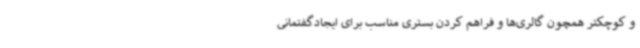
و کوچکتر همچون گالری‌ها و فراهم کردن بستری مناسب برای ایجادگفتمانی